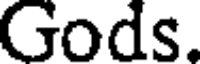
Gods.